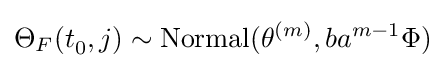
\Theta _{F}(t_{0}^{},j)\sim \mathrm {Normal} (\theta ^{(m)},ba^{m-1}\Phi )